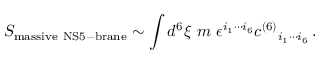
S _ { \mathrm { m a s s i v e \ N S 5 - b r a n e } } \sim \int d ^ { 6 } \xi \ m \ \epsilon ^ { i _ { 1 } \cdots i _ { 6 } } c ^ { ( 6 ) } { } _ { i _ { 1 } \cdots i _ { 6 } } \, .